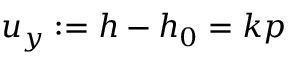
u _ { y } : = h - h _ { 0 } = k p